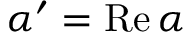
\alpha ^ { \prime } = \operatorname { { \mathrm R e } } \alpha